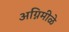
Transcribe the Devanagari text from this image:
अग्निमीळे